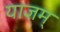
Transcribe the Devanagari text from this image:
याज्ञम्